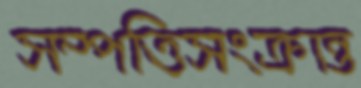
সম্পত্তিসংক্রান্ত